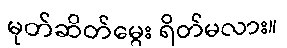
မုတ်ဆိတ်မွေး ရိတ်မလား။